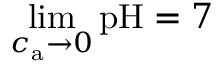
\operatorname* { l i m } _ { c _ { \mathrm { a } } \to 0 } { \mathrm { p H } } = 7